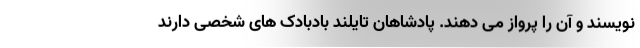
نویسند و آن را پرواز می دهند. پادشاهان تایلند بادبادک های شخصی دارند